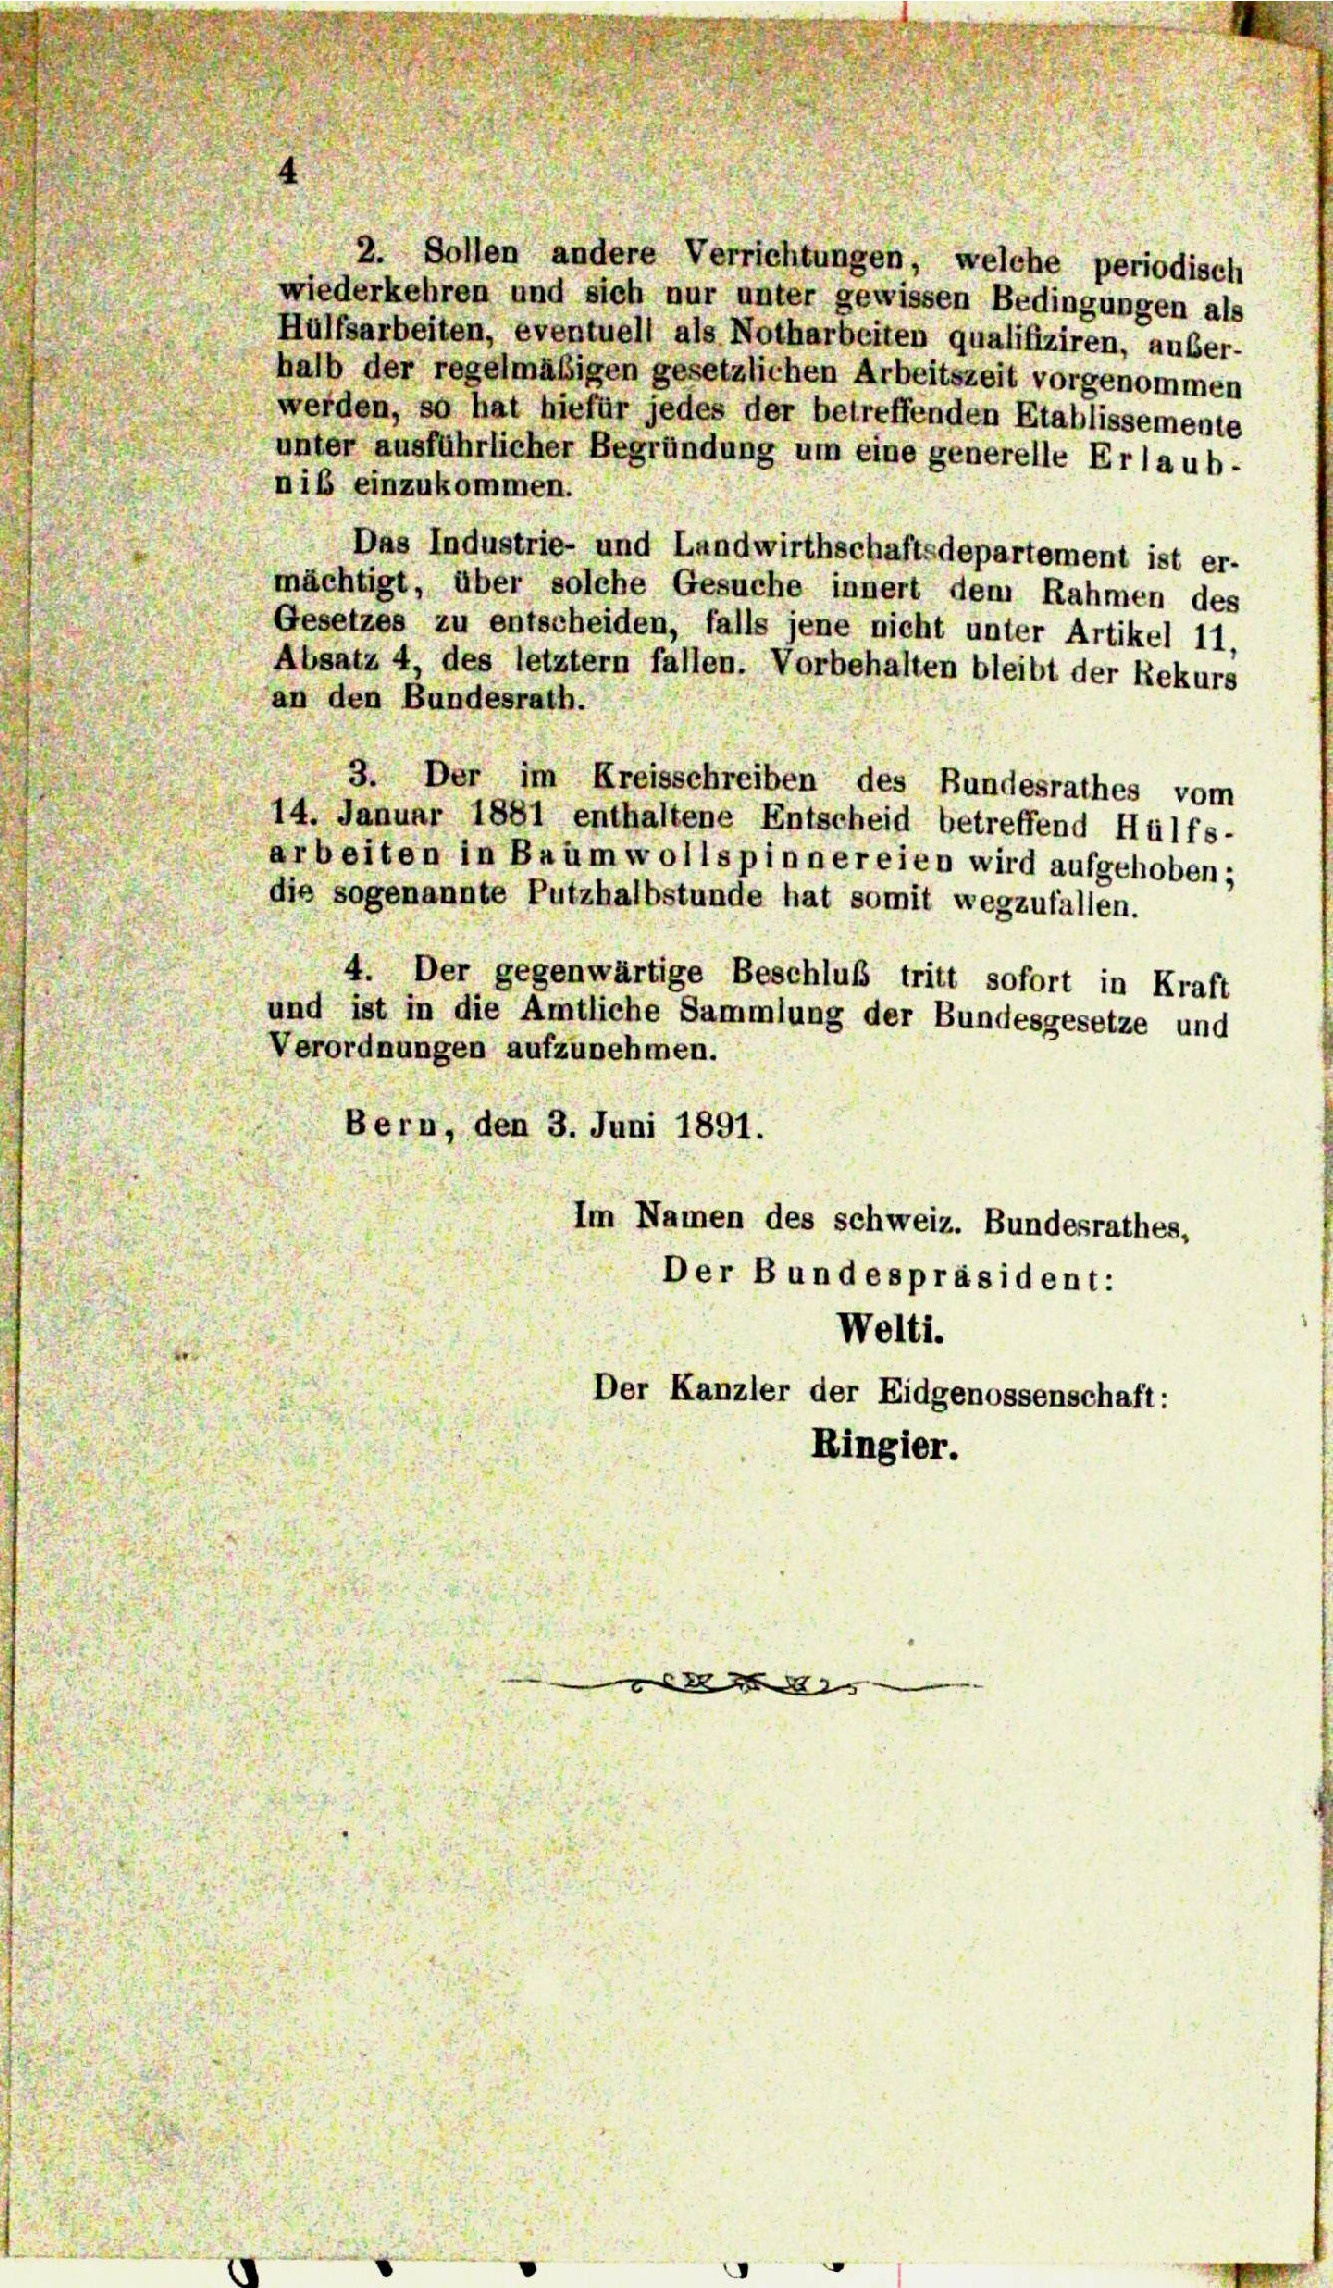
2. Sollen andere Verrichtungen, welche periodisch
wiederkehren und sich nur unter gewissen Bedingungen als
Hülfsarbeiten, eventuell als Notharbeiten qualifiziren, außer-
halb der regelmäßigen gesetzlichen Arbeitszeit vorgenommen
werden, so hat hiefür jedes der betreffenden Etablissemente
unter ausführlicher Begründung um eine generelle Erlaub-
nib einzukommen.
Das Industrie- und Landwirthschaftsdepartement ist er-
mächtigt, über solche Gesuche innert dem Rahmen des
Gesetzes zu entscheiden, falls jene nicht unter Artikel 11,
Absatz 4, des letztem fallen. Vorbehalten bleibt der Rekurs
an den Bundesrath.
3. Der im Kreisschreiben des Bundesrathes vom
14. Januar 1881 enthaltene Entscheid betreffend Hülfs-
arbeiten in Baumwollspinnereien wird aufgehoben;
dis sogenannte Putzhalbstunde hat somit wegzufallen.
4. Der gegenwärtige Beschluß tritt sofort in Kraft
und ist in die Amtliche Sammlung der Bundesgesetze und
Verordnungen aufzunehmen.
Bern, den 3. Juni 1891.
Im Namen des schweiz. Bundesrathes,
Der Bundespräsident:
Welti.
Der Kanzler der Eidgenossenschaft:
Ringier.

2